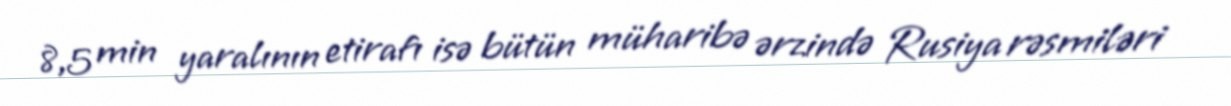
8,5 min yaralının etirafı isə bütün müharibə ərzində Rusiya rəsmiləri